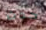
حدث